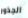
الجذور